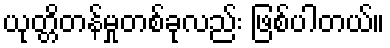
ယုတ္တိတန်မှုတစ်ခုလည်း ဖြစ်ပါတယ်။